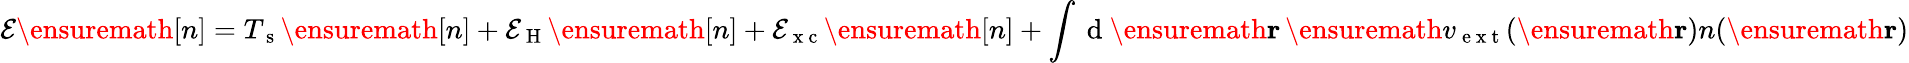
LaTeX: \mathcal{E}\ensuremath{{[n]}}=T_{\mathrm{{~s~}}}\ensuremath{{[n]}}+\mathcal{E}_{\mathrm{{~H~}}}\ensuremath{{[n]}}+\mathcal{E}_{\mathrm{{~x~c~}}}\ensuremath{{[n]}}+\int\mathrm{{~d~}}\ensuremath{{\mathbf{{r}}}}\, \ensuremath{{v_{\mathrm{{~e~x~t~}}}}}(\ensuremath{{\mathbf{{r}}}})n(\ensuremath{{\mathbf{{r}}}})